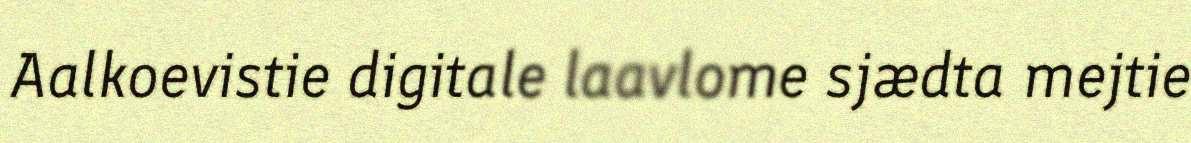
Aalkoevistie digitale laavlome sjӕdta mejtie